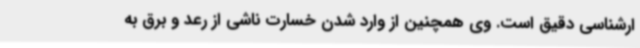
ارشناسی دقیق است. وی همچنین از وارد شدن خسارت ناشی از رعد و برق به